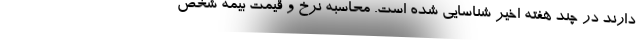
دارند در چند هفته اخیر شناسایی شده است. محاسبه نرخ و قیمت بیمه شخص